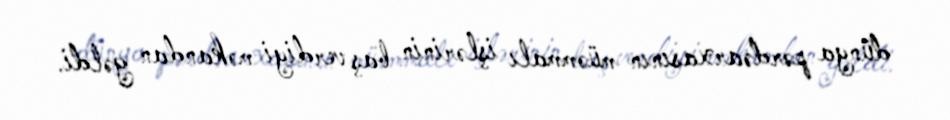
dünya pərdəarxasının müəmmalı işlərinin baş verdiyi məkandan gəldi.